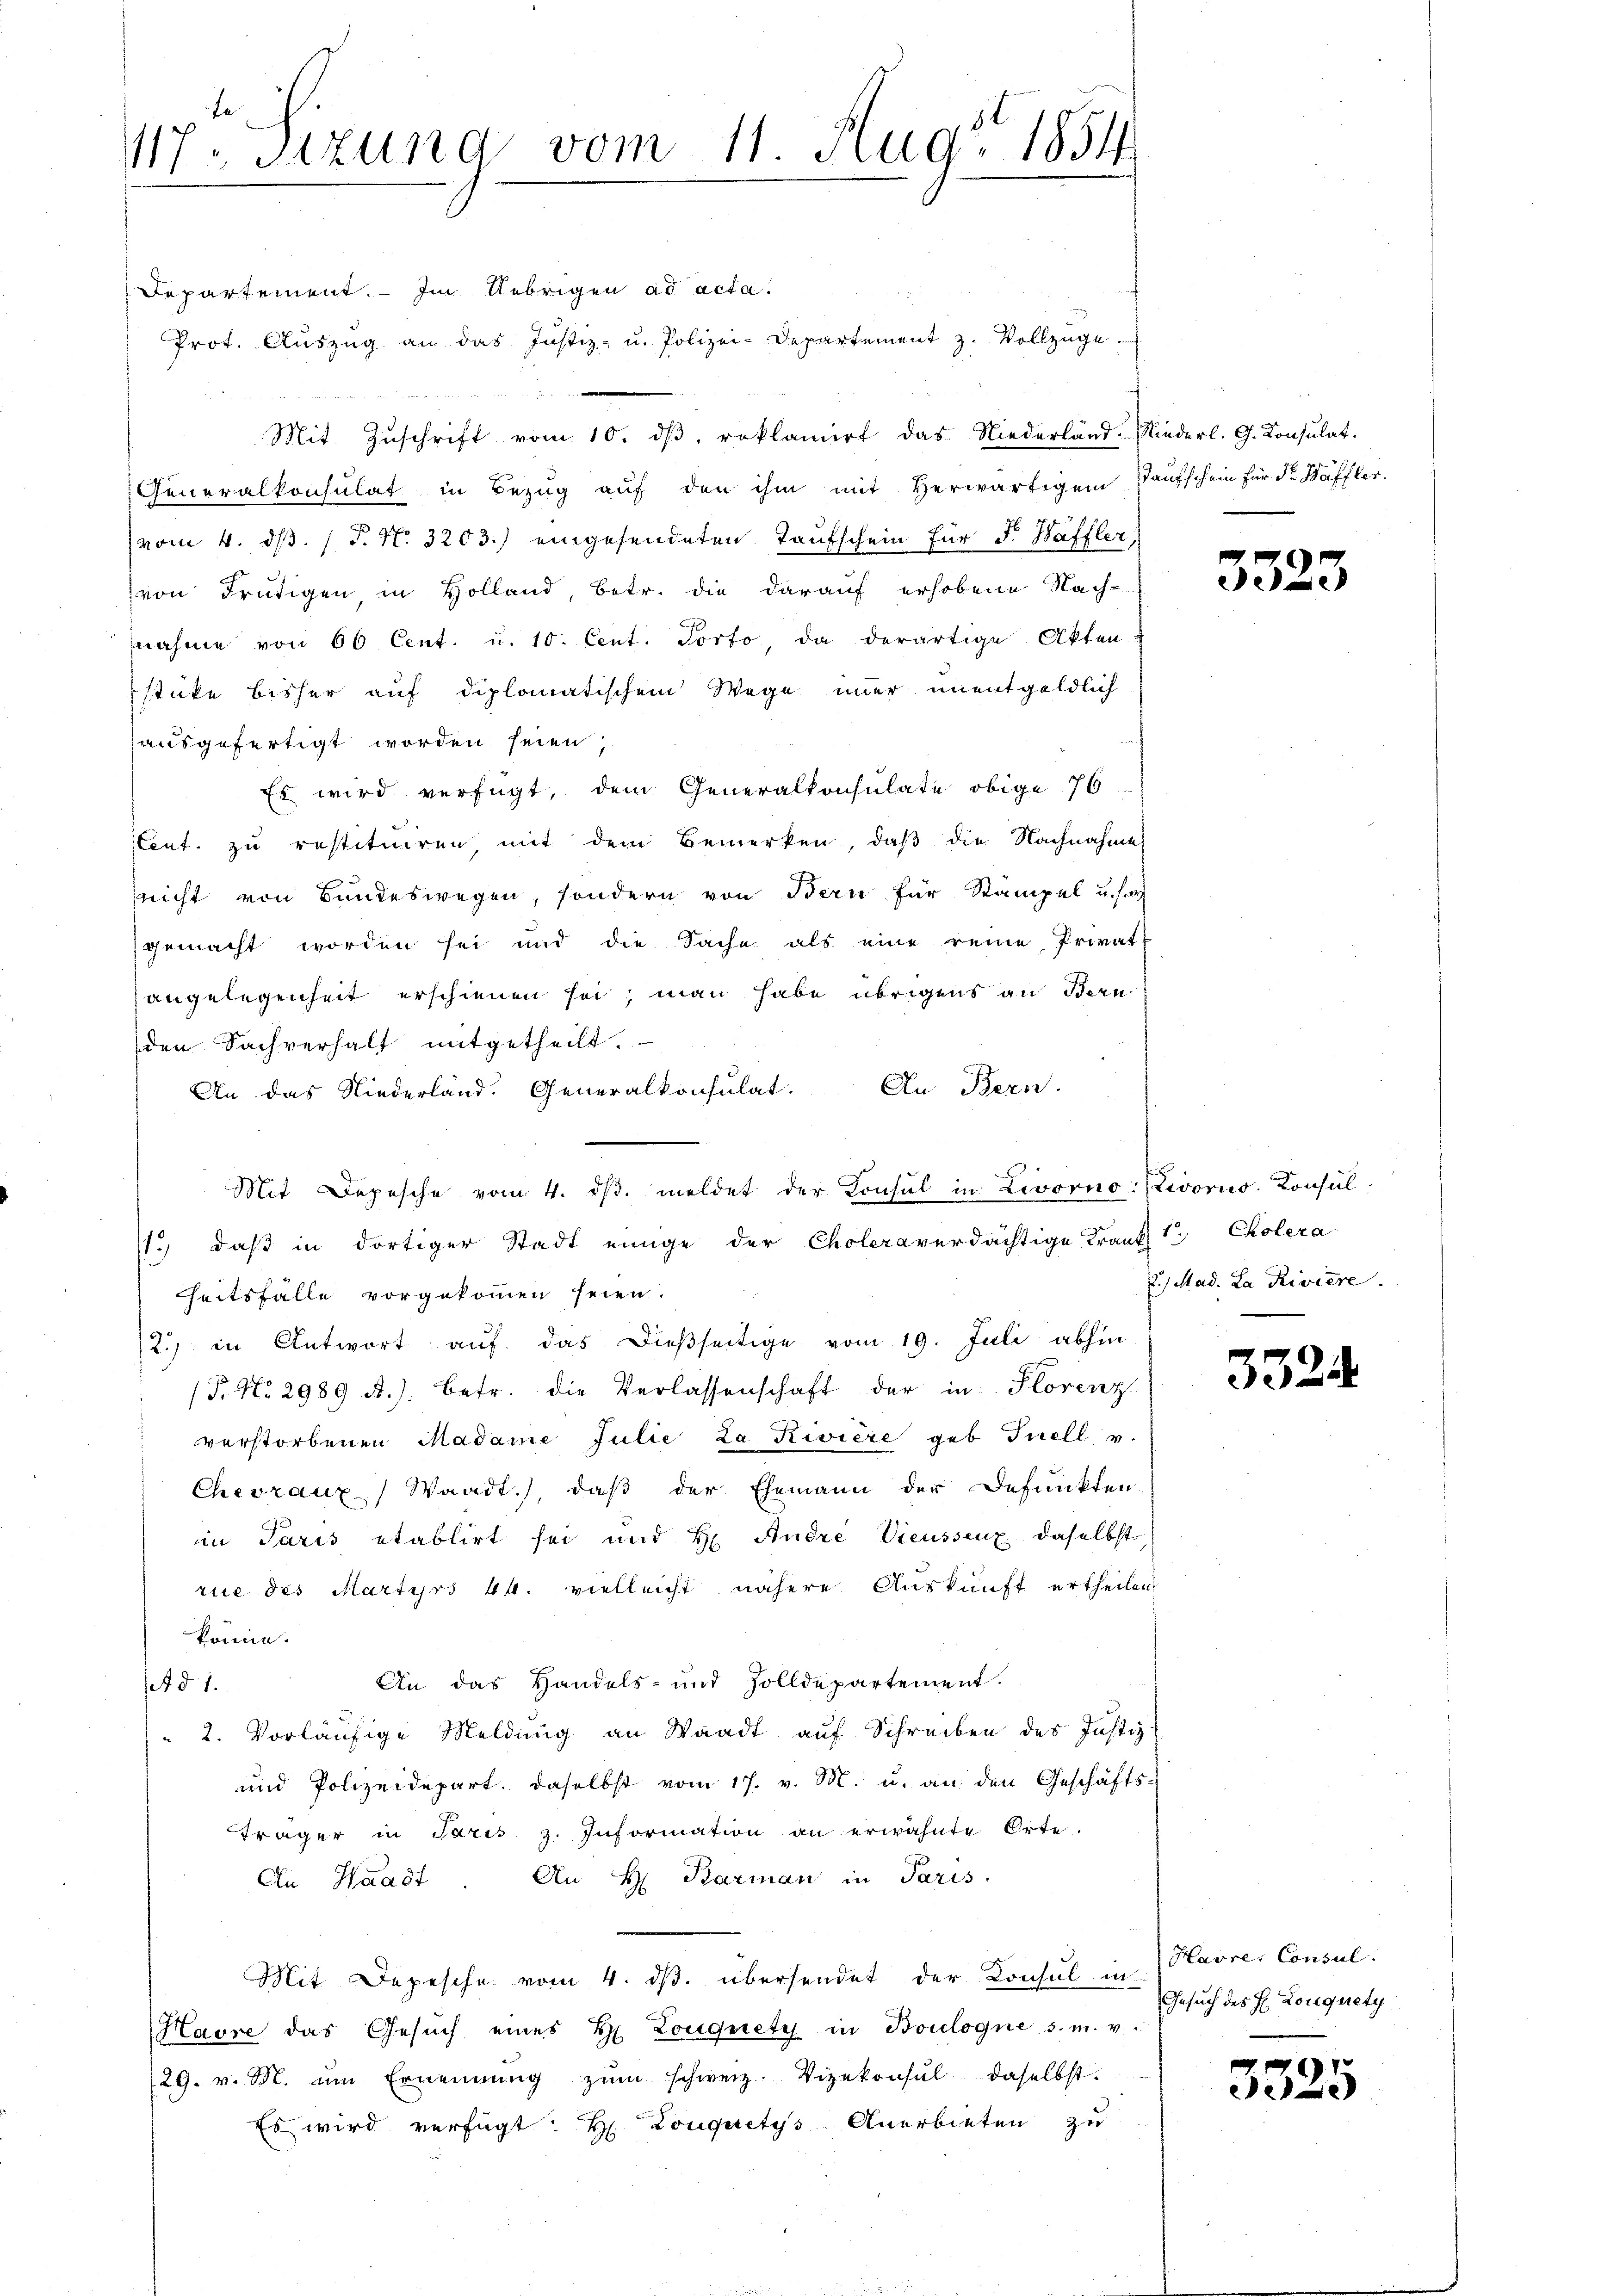
117. Sitzung vom 11. Aug. 1854

Departement. – Im Uebrigen ad acta.
Prot. Auszug an das Justiz- u. Polizei-Departement z. Vollzuge
Mit Zŭschrift vom 10. dβ. reklamirt das Niederländ. Niederl. G. Consulat.
Generalkonsulat in Bezug auf den ihm mit herwärtigem Taufschein für dr. Waffler
vom 4. ds. (T. N. 3203.) eingesendeten Taufschein für F. Haffler,
von Frutigen in Holland, betr. die darauf erhobene Nach-
nahme von 60 Cent. u. 10. Cent. Porto da derartige Akten
stücke bisher auf diplomatischem Wege immer unentgeldlich
ausgefertigt worden seien,
Es wird verfügt, dem Generalkonsulate obige 76
teut. zu restituiren mit dem Bemerken, daß die Nachnahme
nicht von Bundeswegen, sondern von Bern für Stämpel u. sah
gemacht worden sei und die Sache als eine reine Privat
angelegenheit erschienen sei; man habe übrigens an Bern
den Sachverhalt mitgetheilt.
An das Niederland. Generalkonsulat. In Bern.
1.) daß in dortiger Stadt einige der Choleraverdächtige Krant
heitsfälle vorgekommen seien.
2.) in Antwort auf das dießseitige vom 19. Juli abhin
(T. No 2989 A.). betr. die Verlassenschaft der in Horenz
verstorbenen Madame Julie La Riviere geb. Inell u.
Chevraux) Waadt.), daß der Ehemann der Defunkten
in Paris etablirt sei und H. Andre Veussenz, daselbst
rue des Martyrs 44. vielleicht nähere Auskunft ertheilen
könne.
An das Handels- und Zolldepartement.
et § 1.
 2. Vorläufige Meldung an Waadt auf Schreiben des Justiz-
und Polizeidepart, daselbst vom 17. v. M. u. an den Geschäfts-
Träger in Paris z. Information an erwähnte Orte.
Cn Waadt. An H. Barman in Paris
Mit Depesche vom 4. ds. übersendet der Konsul in 1 Havre, Consul
Havre das Gesŭch eines H. Lougnety in Boulogne s. m. v.
29. v. M. um Ernennung zŭm schweiz. Vizekonsul daselbst.
Es wird verfügt: Hr. Louquetes Anerbieten zu

Mit Depesche vom 4. dβ. meldet der Konsul in Livorno (Livorno. Konsul

3323

1. Cholera
2.) Mad. La Riviere.

3324

Gesuch des H. Louquety

7
ee